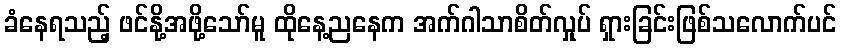
ခံနေရသည့် ဖင်နို့အဖို့သော်မူ ထိုနေ့ညနေက အက်ဂါသာစိတ်လှုပ် ရှားခြင်းဖြစ်သလောက်ပင်